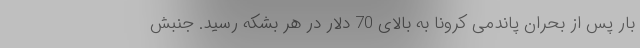
بار پس از بحران پاندمی کرونا به بالای 70 دلار در هر بشکه رسید. جنبش